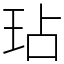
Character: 玷